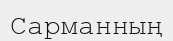
Сарманның